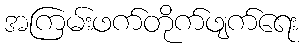
အကြမ်းဖက်တိုက်ဖျက်ရေး